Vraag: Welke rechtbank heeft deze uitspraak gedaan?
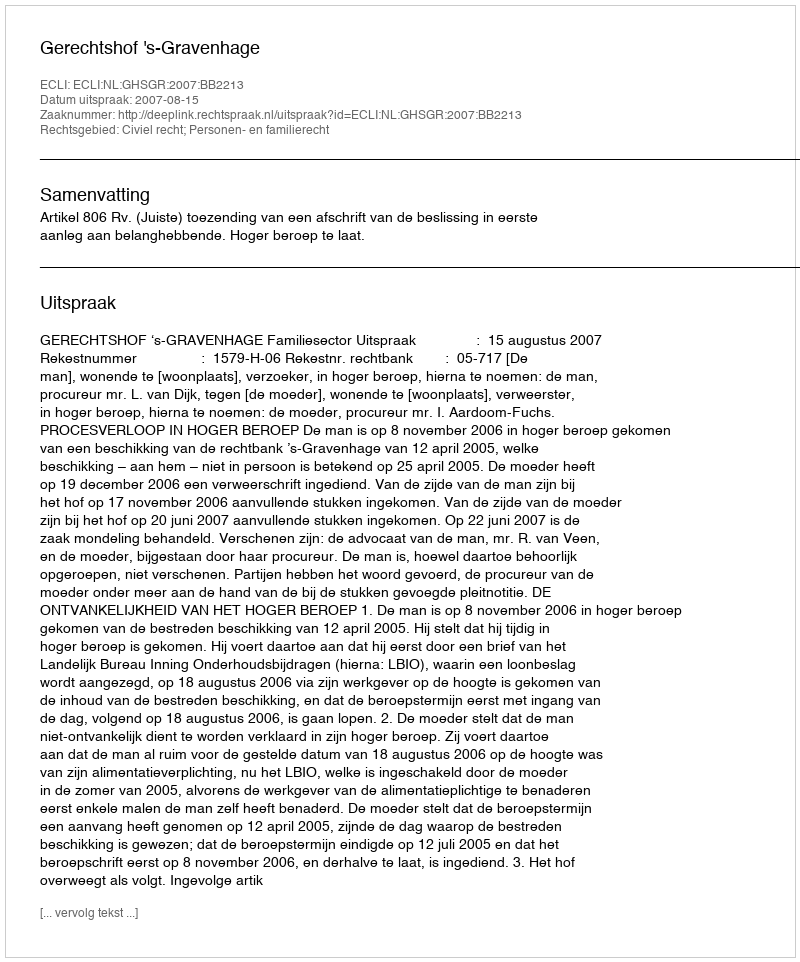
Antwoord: Gerechtshof 's-Gravenhage